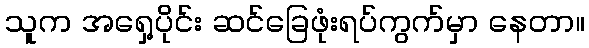
သူက အရှေ့ပိုင်း ဆင်ခြေဖုံးရပ်ကွက်မှာ နေတာ။